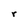
Character: r